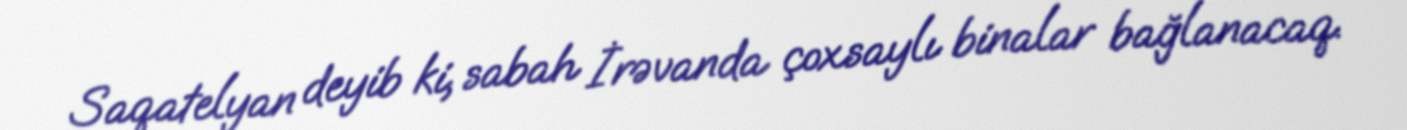
Saqatelyan deyib ki, sabah İrəvanda çoxsaylı binalar bağlanacaq.